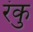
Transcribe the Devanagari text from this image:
रंकु